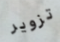
تزوير